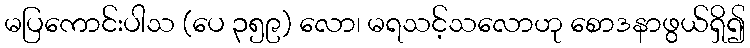
မပြကောင်းပါသ (ပေ ၃၅၉) လော၊ မရသင့်သလောဟု စောဒနာဖွယ်ရှိ၍